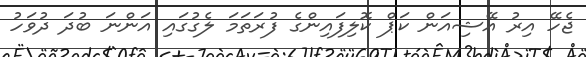
ޖެހޭ އިރު އޭޝިއަން ކަޕް ކޮލިފައިންގެ ފުރަތަމަ ލެގުގައި އަންނަ ބުދަ ދުވަހު